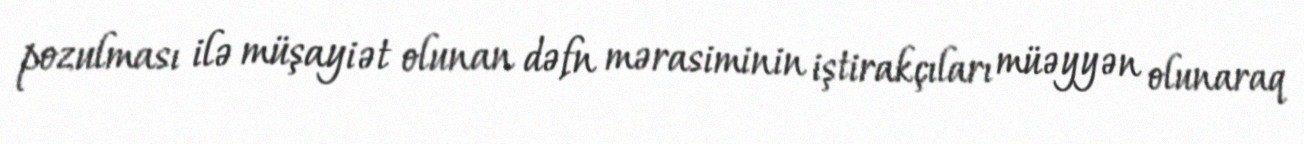
pozulması ilə müşayiət olunan dəfn mərasiminin iştirakçıları müəyyən olunaraq